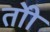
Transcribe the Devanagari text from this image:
तोी